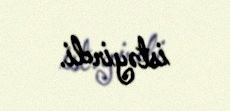
istəyirdi.